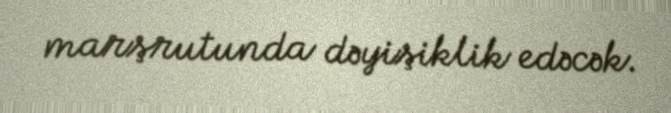
marşrutunda dəyişiklik edəcək.